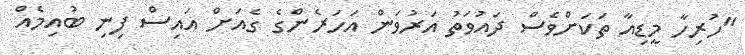
"ހުރިހާ މީޑިއާ ތަކަށްވެސް ދައުވަތު އަރުވަން އަހަރެންގެ ގެއަށް އައިސް ފިނި ބުއިމެއް